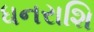
ધનરાશિ